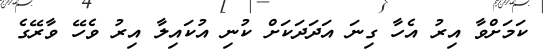
ކަމަށްވާ އިރު އެހާ ގިނަ އަދަދަކަށް ކުނި އުކައިލާ އިރު ވެހޭ ވާރޭގެ